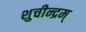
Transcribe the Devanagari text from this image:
शुचीन्द्रम्